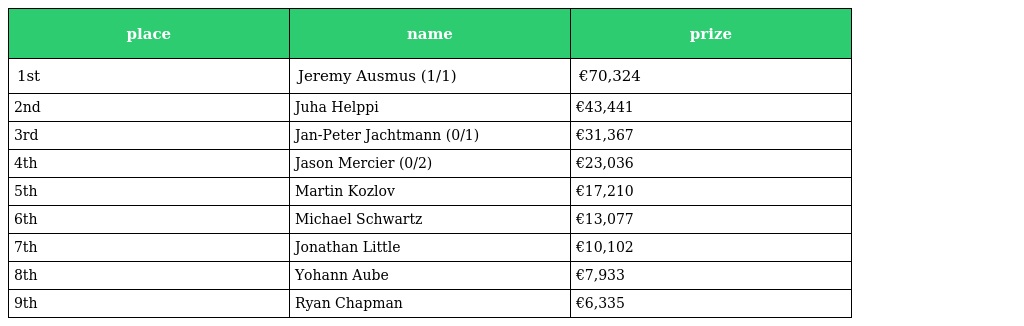
| place | name | prize |
 | --- | --- | --- |
 | 1st | Jeremy Ausmus (1/1) | €70,324 |
 | 2nd | Juha Helppi | €43,441 |
 | 3rd | Jan-Peter Jachtmann (0/1) | €31,367 |
 | 4th | Jason Mercier (0/2) | €23,036 |
 | 5th | Martin Kozlov | €17,210 |
 | 6th | Michael Schwartz | €13,077 |
 | 7th | Jonathan Little | €10,102 |
 | 8th | Yohann Aube | €7,933 |
 | 9th | Ryan Chapman | €6,335 |